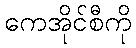
ကေအိုင်စီကို